Civil Veterinary Department. Madras. Admin. report 1910-25 - 1910-1925
Year: 1910
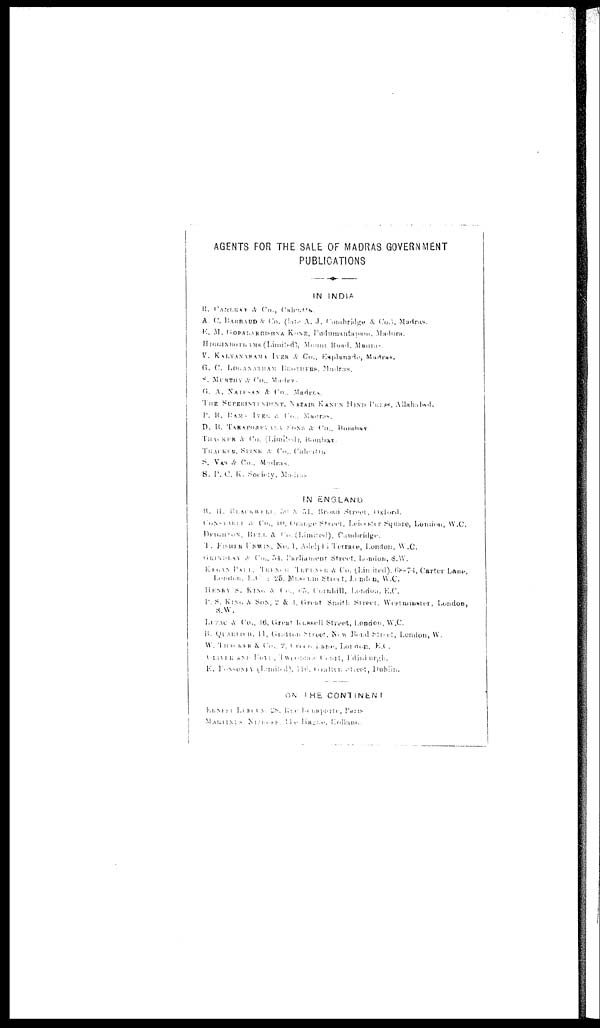
AGENTS FOR THE SALE OF MADRAS GOVERNMENT
PUBLICATIONS
IN
INDIA
R. CARERAY
A. Co.,
Calcutts.
A. C. BARRAUD & Co. (late A. J. Combridge & Co.), Madras.
E. M. GOPALAKRISHNA KONE, Podumantapam,
Madura.
HIGGINBOTHAMS (Limited), Mount Road, Madras.
V. KALYANARAMA IYER & Co., Esplanade, Madras.
G. C. LOGANATHAM
BROTHERS, Madras.
S. MURTHY
& Co., Madras.
G. A. NATESAN & Co., Madras.
THE SUPERINTENDENT, NAZAIR KANUN HIND PRESS, Allahabad.
P. R. RAM IYER & Co., Madras.
D. B. TARAPOREY
S ONS
& CO., Bombay.
THMKER
& Co. (Limited). Bombay.
THACKER, SPINK & Co., Calcatta
S. VAS & Co., Madras.
S. P. C. K. Society, Madras
IN ENGLAND
B. H. BLACKWELL, 50 N 51, Broad Street, Oxford.
CONSTED
& Co., in. Orange
Street, Leicester
Square, London, W.C.
DEIGRON,
BELL & Co., (Limited), Conbridge.
T. FISHER UNWIS, NO. 1, Adelpti
Terrace, London, W.C.
GRINDLAY & Co., 54, Parliament
Street, London, S.W.
EROSS PALL,
TREME
TENDER
& Co. (Limited). 68-74, Carter Lane,
London. E.C
; 25. Mustam Street, London, W.C.
HENRY S. KIM. & Co., 65, Cornhill, London, E.C.
P. S. KING & SON, 2 & 4, Great Smith Street, Westminster, London,
S.W.
LUZAC
& Co., 16. Great Kussell Street, London, W.C.
B. QUARUCH, 11, Gration Street, New
Bond Street, London, W.
W. THMKER
& Co., 2.
Lane, Lorance, E.C.
Court, Edinburgh.
E. PONSONY (Limitted),
716
Street, Dublin.
ON
THE
CONTINENT
ERNEST
28.
parte,
Parts
MARIAMS STREET, Holland.